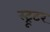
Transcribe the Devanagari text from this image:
स्ट्रूटर